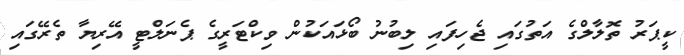
ކީޕަރު ތޮލާލްގެ އަތުގައި ޖެހިފައި ލިބުނު ބޯޅައަކުން ވިކްޓަރީގެ ޕެނަލްޓީ އޭރިޔާ ތެރޭގައި